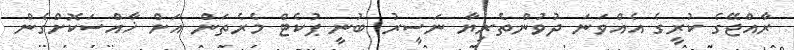
ރާއްޖޭގެ ކުރީގެ އެއްވަނަ ދުވުންތެރިޔާ ނަސީރު ބުނީ ޕުކެޓް މެރެތަން އަށް ޚާއްސަކޮށްގެން